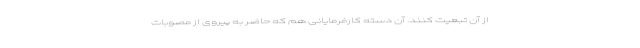
از آن تبعیت کنند. آن دسته کارفرمایانی هم که حاضر به پیروی از مصوبات